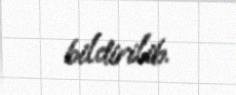
bildirilib.